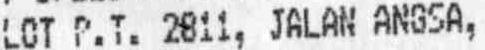
LOT P.T. 2811, JALAN ANGSA,